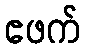
ဧဖက်